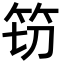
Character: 𮅀